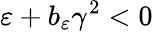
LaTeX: \varepsilon+b_{\varepsilon}\gamma^{2}<0